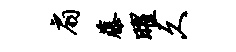
扇藤曜久